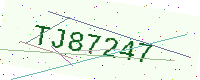
Text: TJ87247